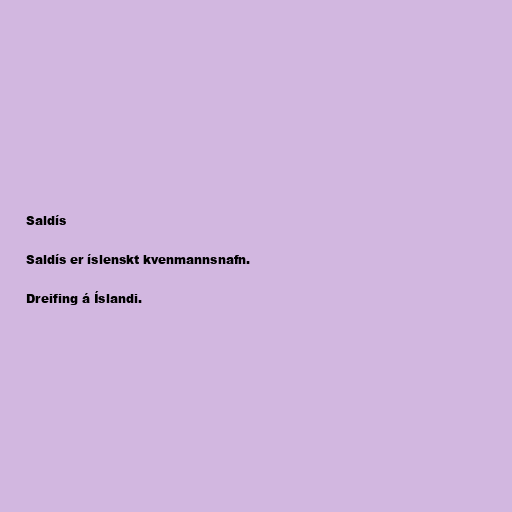
Saldís

Saldís er íslenskt kvenmannsnafn.

Dreifing á Íslandi.